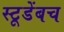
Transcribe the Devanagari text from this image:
स्टूडेंबच